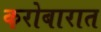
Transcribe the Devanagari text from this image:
करोबारात